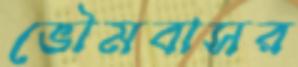
ভৌমবাসর